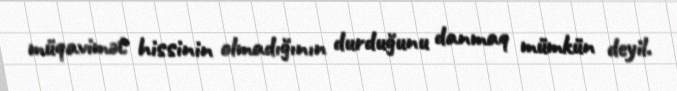
müqavimət hissinin olmadığının durduğunu danmaq mümkün deyil.